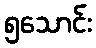
၅သောင်း